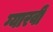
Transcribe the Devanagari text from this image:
ग्यारवीँ